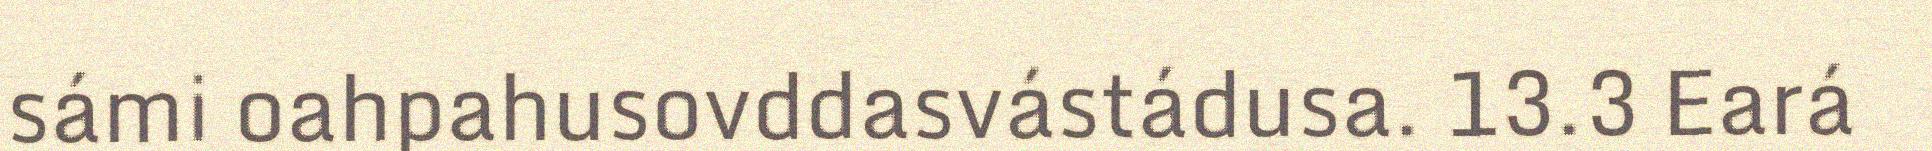
sámi oahpahusovddasvástádusa. 13.3 Eará